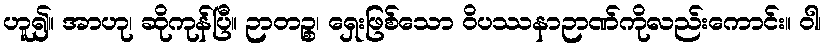
ဟူ၍။ အာဟု၊ ဆိုကုန်ပြီ။ ဉာတဉ္စ၊ ရှေးဖြစ်သော ဝိပဿနာဉာဏ်ကိုလည်းကောင်း။ ဝါ၊